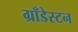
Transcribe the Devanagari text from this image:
ग्रॉंडेस्टन